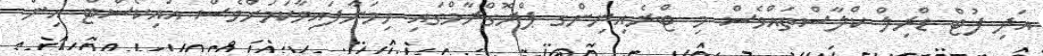
އަދި ފުޓް ޑްރިލް ކްލާސްތައްވެސް މި ޓްރެއިނިންގ ޕްރޮގްރާމްގައި ހިމަނާފައިވާކަމަށްވެސް އައިކޯސްޓް އިން